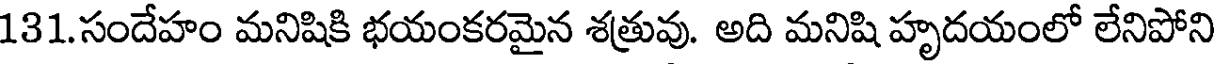
131.సందేహం మనిషికి భయంకరమైన శత్రువు. అది మనిషి హృదయంలో లేనిపోని